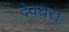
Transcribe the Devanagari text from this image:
देवघर।